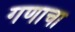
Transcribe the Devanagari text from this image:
गणाचा